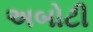
અબોટી